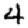
Digit: 4